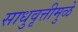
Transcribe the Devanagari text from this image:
साधुवृत्तीमुळे